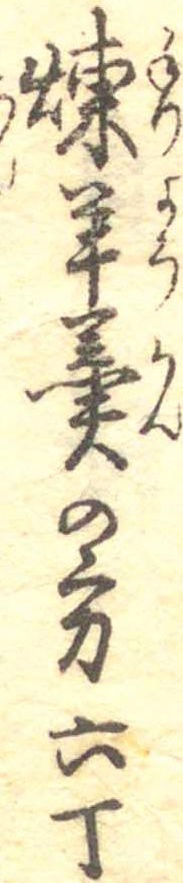
煉羊羹の方六丁